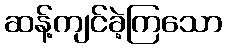
ဆန့်ကျင်ခဲ့ကြသော